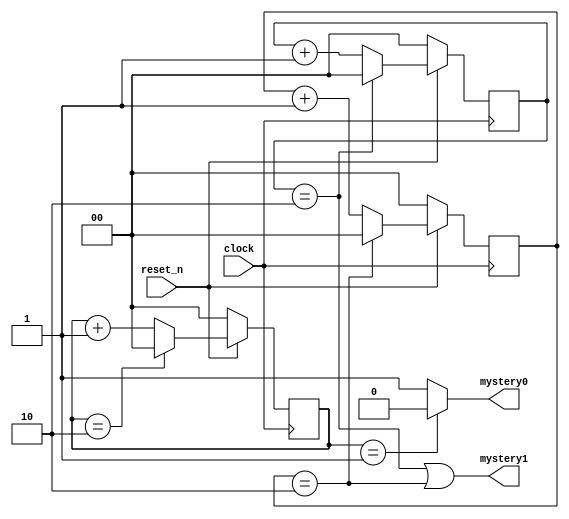
module mystery(clock,reset_n, mystery0, mystery1);
 
input clock;
input reset_n;
output mystery0, mystery1;
 
reg [1:0] mystery0_count, pos1_count, neg1_count;
// wire [1:0] r_nxt;
 
always @(posedge clock)
  if (~reset_n)
      mystery0_count = 0;
  else
    if (mystery0_count == 2)
      mystery0_count <= 0;
    else
      mystery0_count <= mystery0_count + 1;

assign mystery0 = (mystery0_count == 1) ? 1'b0 : 1'b1;

//////////////////////////////////////////////////////

always @(posedge clock)
  if (~reset_n)
    pos1_count <= 0;
  else 
    if (pos1_count == 2) 
      pos1_count <= 0;
    else 
      pos1_count <= pos1_count +1;
 
always @(negedge clock)
  if (~reset_n)
    neg1_count <= 0;
  else  
    if (neg1_count == 2) 
      neg1_count <= 0;
    else 
      neg1_count<= neg1_count +1;
 
assign mystery1 = ((pos1_count == 2) | (neg1_count == 2));
endmodule